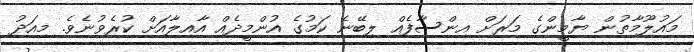
މައުލޫމާތުން ޔާމީންގެ މަރަށް އިންސާފެއް ލިބޭނެ ކަމުގެ އުންމީދެއް އާއިލާއަށް ކުރެވުނެވެ. މިއަދު